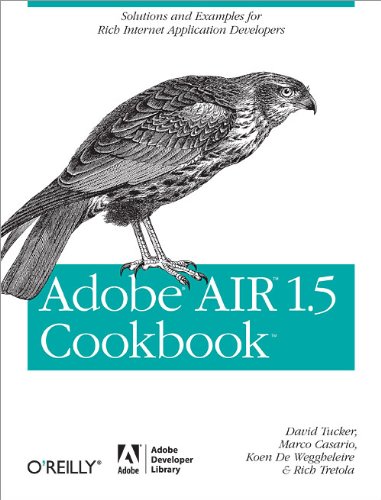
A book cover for Adobe AIR 1.5 Cookbook; David Tucker; Computers & Technology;